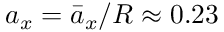
a _ { x } = \bar { a } _ { x } / R \approx 0 . 2 3